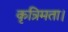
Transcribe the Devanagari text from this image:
कृत्रिमता।